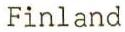
Finland